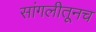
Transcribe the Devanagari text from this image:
सांगलीतूनच